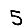
Digit: 5